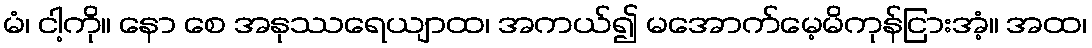
မံ၊ ငါ့ကို။ နော စေ အနုဿရေယျာထ၊ အကယ်၍ မအောက်မေ့မိကုန်ငြားအံ့။ အထ၊